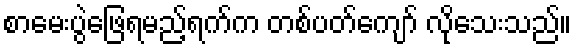
စာမေးပွဲဖြေရမည့်ရက်က တစ်ပတ်ကျော် လိုသေးသည်။